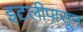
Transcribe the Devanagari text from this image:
इटलीपासून